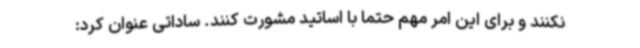
نکنند و برای این امر مهم حتما با اساتید مشورت کنند. ساداتی عنوان کرد: